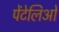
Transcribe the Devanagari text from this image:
पेंटेलिओ